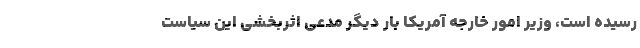
رسیده است، وزیر امور خارجه آمریکا بار دیگر مدعی اثربخشی این سیاست